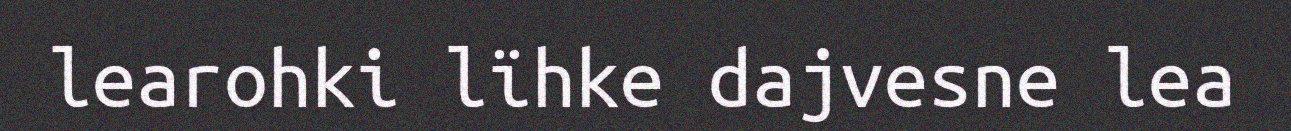
learohki lïhke dajvesne lea